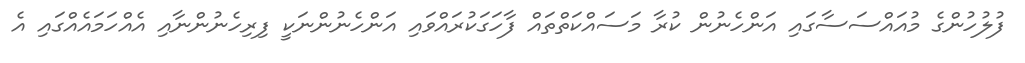
ފުލުހުންގެ މުއައްސަސާގައި އަންހެނުން ކުރާ މަސައްކަތްތައް ފާހަގަކުރައްވައި އަންހެނުންނަކީ ފިރިހެނުންނާއި އެއްހަމައެއްގައި އެ